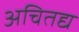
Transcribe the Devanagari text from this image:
अचितद्य